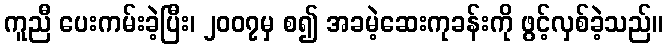
ကူညီ ပေးကမ်းခဲ့ပြီး၊ ၂၀၀၇မှ စ၍ အခမဲ့ဆေးကုခန်းကို ဖွင့်လှစ်ခဲ့သည်။